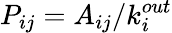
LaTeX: P_{ij}=A_{ij}/k_{i}^{out}